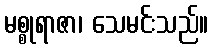
မစ္စုရာဇာ၊ သေမင်းသည်။